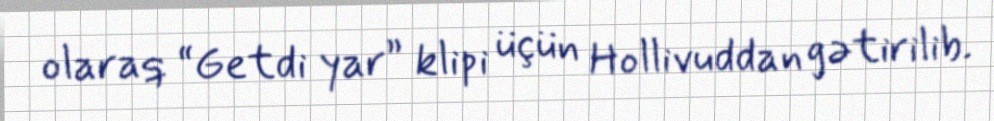
olaraq “Getdi yar” klipi üçün Hollivuddan gətirilib.